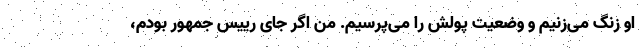
او زنگ می‌زنیم و وضعیت پولش را می‌پرسیم. من اگر جای رییس جمهور بودم،